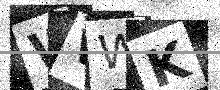
Text: WVWK